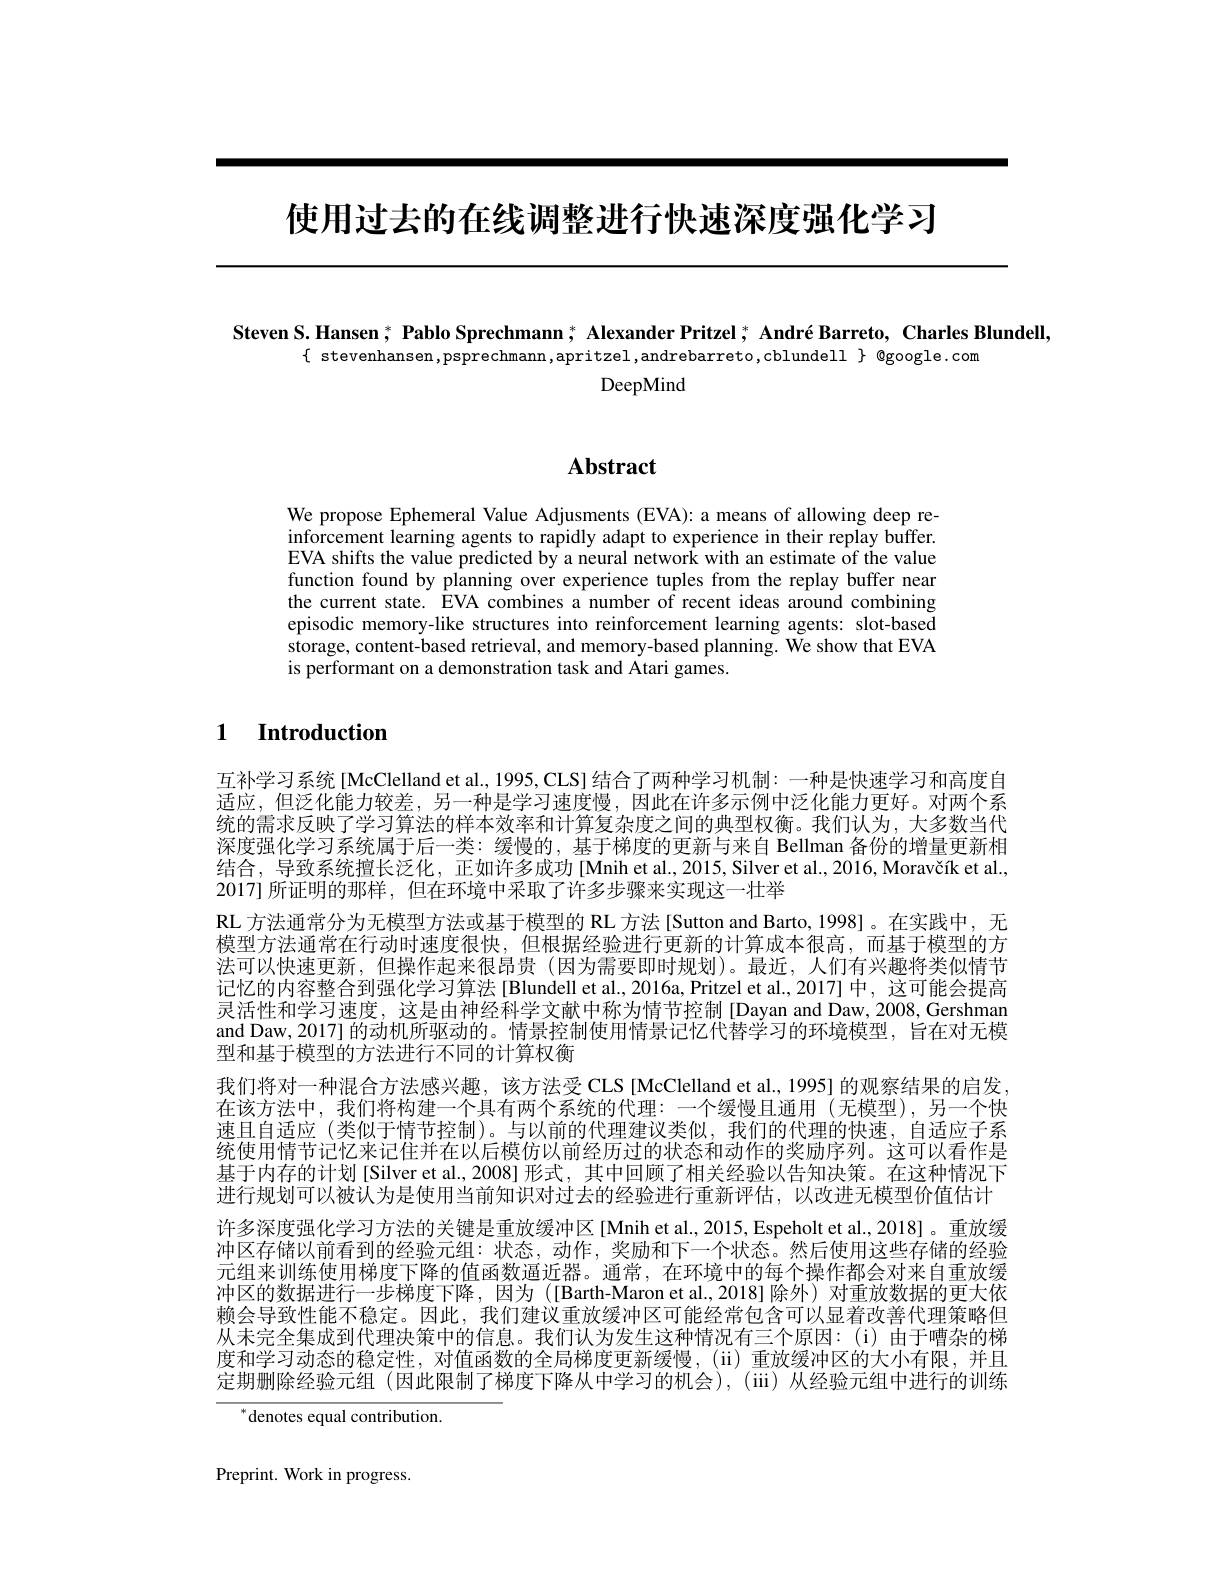
使用过去的在线调整进行快速深度强化学习

Steven S. Hansen ; Pablo Sprechmann ; Alexander Pritzel ; André Barreto, Charles Blundell,
$\{$ stevenhansen ,psprechmann,apritzel,andrebarreto,cblundell $\}$ @google.com
DeepMind

# Abstract

We propose Ephemeral Value Adjusments (EVA): a means of allowing deep reinforcement learning agents to rapidly adapt to experience in their replay buffer. EVA shifts the value predicted by a neural network with an estimate of the value function found by planning over experience tuples from the replay buffer near the current state. EVA combines a number of recent ideas around combining episodic memory-like structures into reinforcement learning agents: slot-based storage, content-based retrieval, and memory-based planning. We show that EVA is performant on a demonstration task and Atari games.

## $\textbf{1}$ $\textbf{Introduction}$

互补学习系统[McClelland et al., 1995,CLS] 结合了两种学习机制：一种是快速学习和高度自适应，但泛化能力较差，另一种是学习速度慢，因此在许多示例中泛化能力更好。对两个系统的需求反映了学习算法的样本效率和计算复杂度之间的典型权衡。我们认为，大多数当代深度强化学习系统属于后一类：缓慢的，基于梯度的更新与来自 Bellman 备份的增量更新相结合，导致系统擅长泛化，正如许多成功[Mnih et al.,2015, Silver et al.,2016, Moravčík et al., 2017]所证明的那样，但在环境中采取了许多步骤来实现这一壮举
RL 方法通常分为无模型方法或基于模型的 RL 方法[Sutton and Barto,1998]。在实践中，无模型方法通常在行动时速度很快，但根据经验进行更新的计算成本很高，而基于模型的方法可以快速更新，但操作起来很昂贵(因为需要即时规划)。最近，人们有兴趣将类似情节记忆的内容整合到强化学习算法[Blundell et al.,2016a, Pritzel et al.,2017] 中，这可能会提高灵活性和学习速度，这是由神经科学文献中称为情节控制[Dayan and Daw, 2008, Gershman and Daw, 2017]的动机所驱动的。情景控制使用情景记忆代替学习的环境模型，旨在对无模型和基于模型的方法进行不同的计算权衡
我们将对一种混合方法感兴趣，该方法受 CLS [McClelland et al., 1995] 的观察结果的启发， 在该方法中，我们将构建一个具有两个系统的代理：一个缓慢且通用(无模型),另一个快速且自适应 (类似于情节控制)。与以前的代理建议类似，我们的代理的快速，自适应子系统使用情节记忆来记住并在以后模仿以前经历过的状态和动作的奖励序列。这可以看作是基于内存的计划[Silver et al.,2008] 形式，其中回顾了相关经验以告知决策。在这种情况下进行规划可以被认为是使用当前知识对过去的经验进行重新评估，以改进无模型价值估计
许多深度强化学习方法的关键是重放缓冲区[Mnih et al., 2015, Espeholt et al., 2018]。重放缓冲区存储以前看到的经验元组：状态，动作，奖励和下一个状态。然后使用这些存储的经验元组来训练使用梯度下降的值函数逼近器。通常，在环境中的每个操作都会对来自重放缓冲区的数据进行一步梯度下降，因为 ([Barth-Maron et al.,2018]除外)对重放数据的更大依赖会导致性能不稳定。因此，我们建议重放缓冲区可能经常包含可以显着改善代理策略但从未完全集成到代理决策中的信息。我们认为发生这种情况有三个原因：(i)由于嘈杂的梯度和学习动态的稳定性，对值函数的全局梯度更新缓慢，(ii)重放缓冲区的大小有限，并且定期删除经验元组(因此限制了梯度下降从中学习的机会),(iii)从经验元组中进行的训练
$^{*}$denotes equal contribution

Preprint. Work in progress